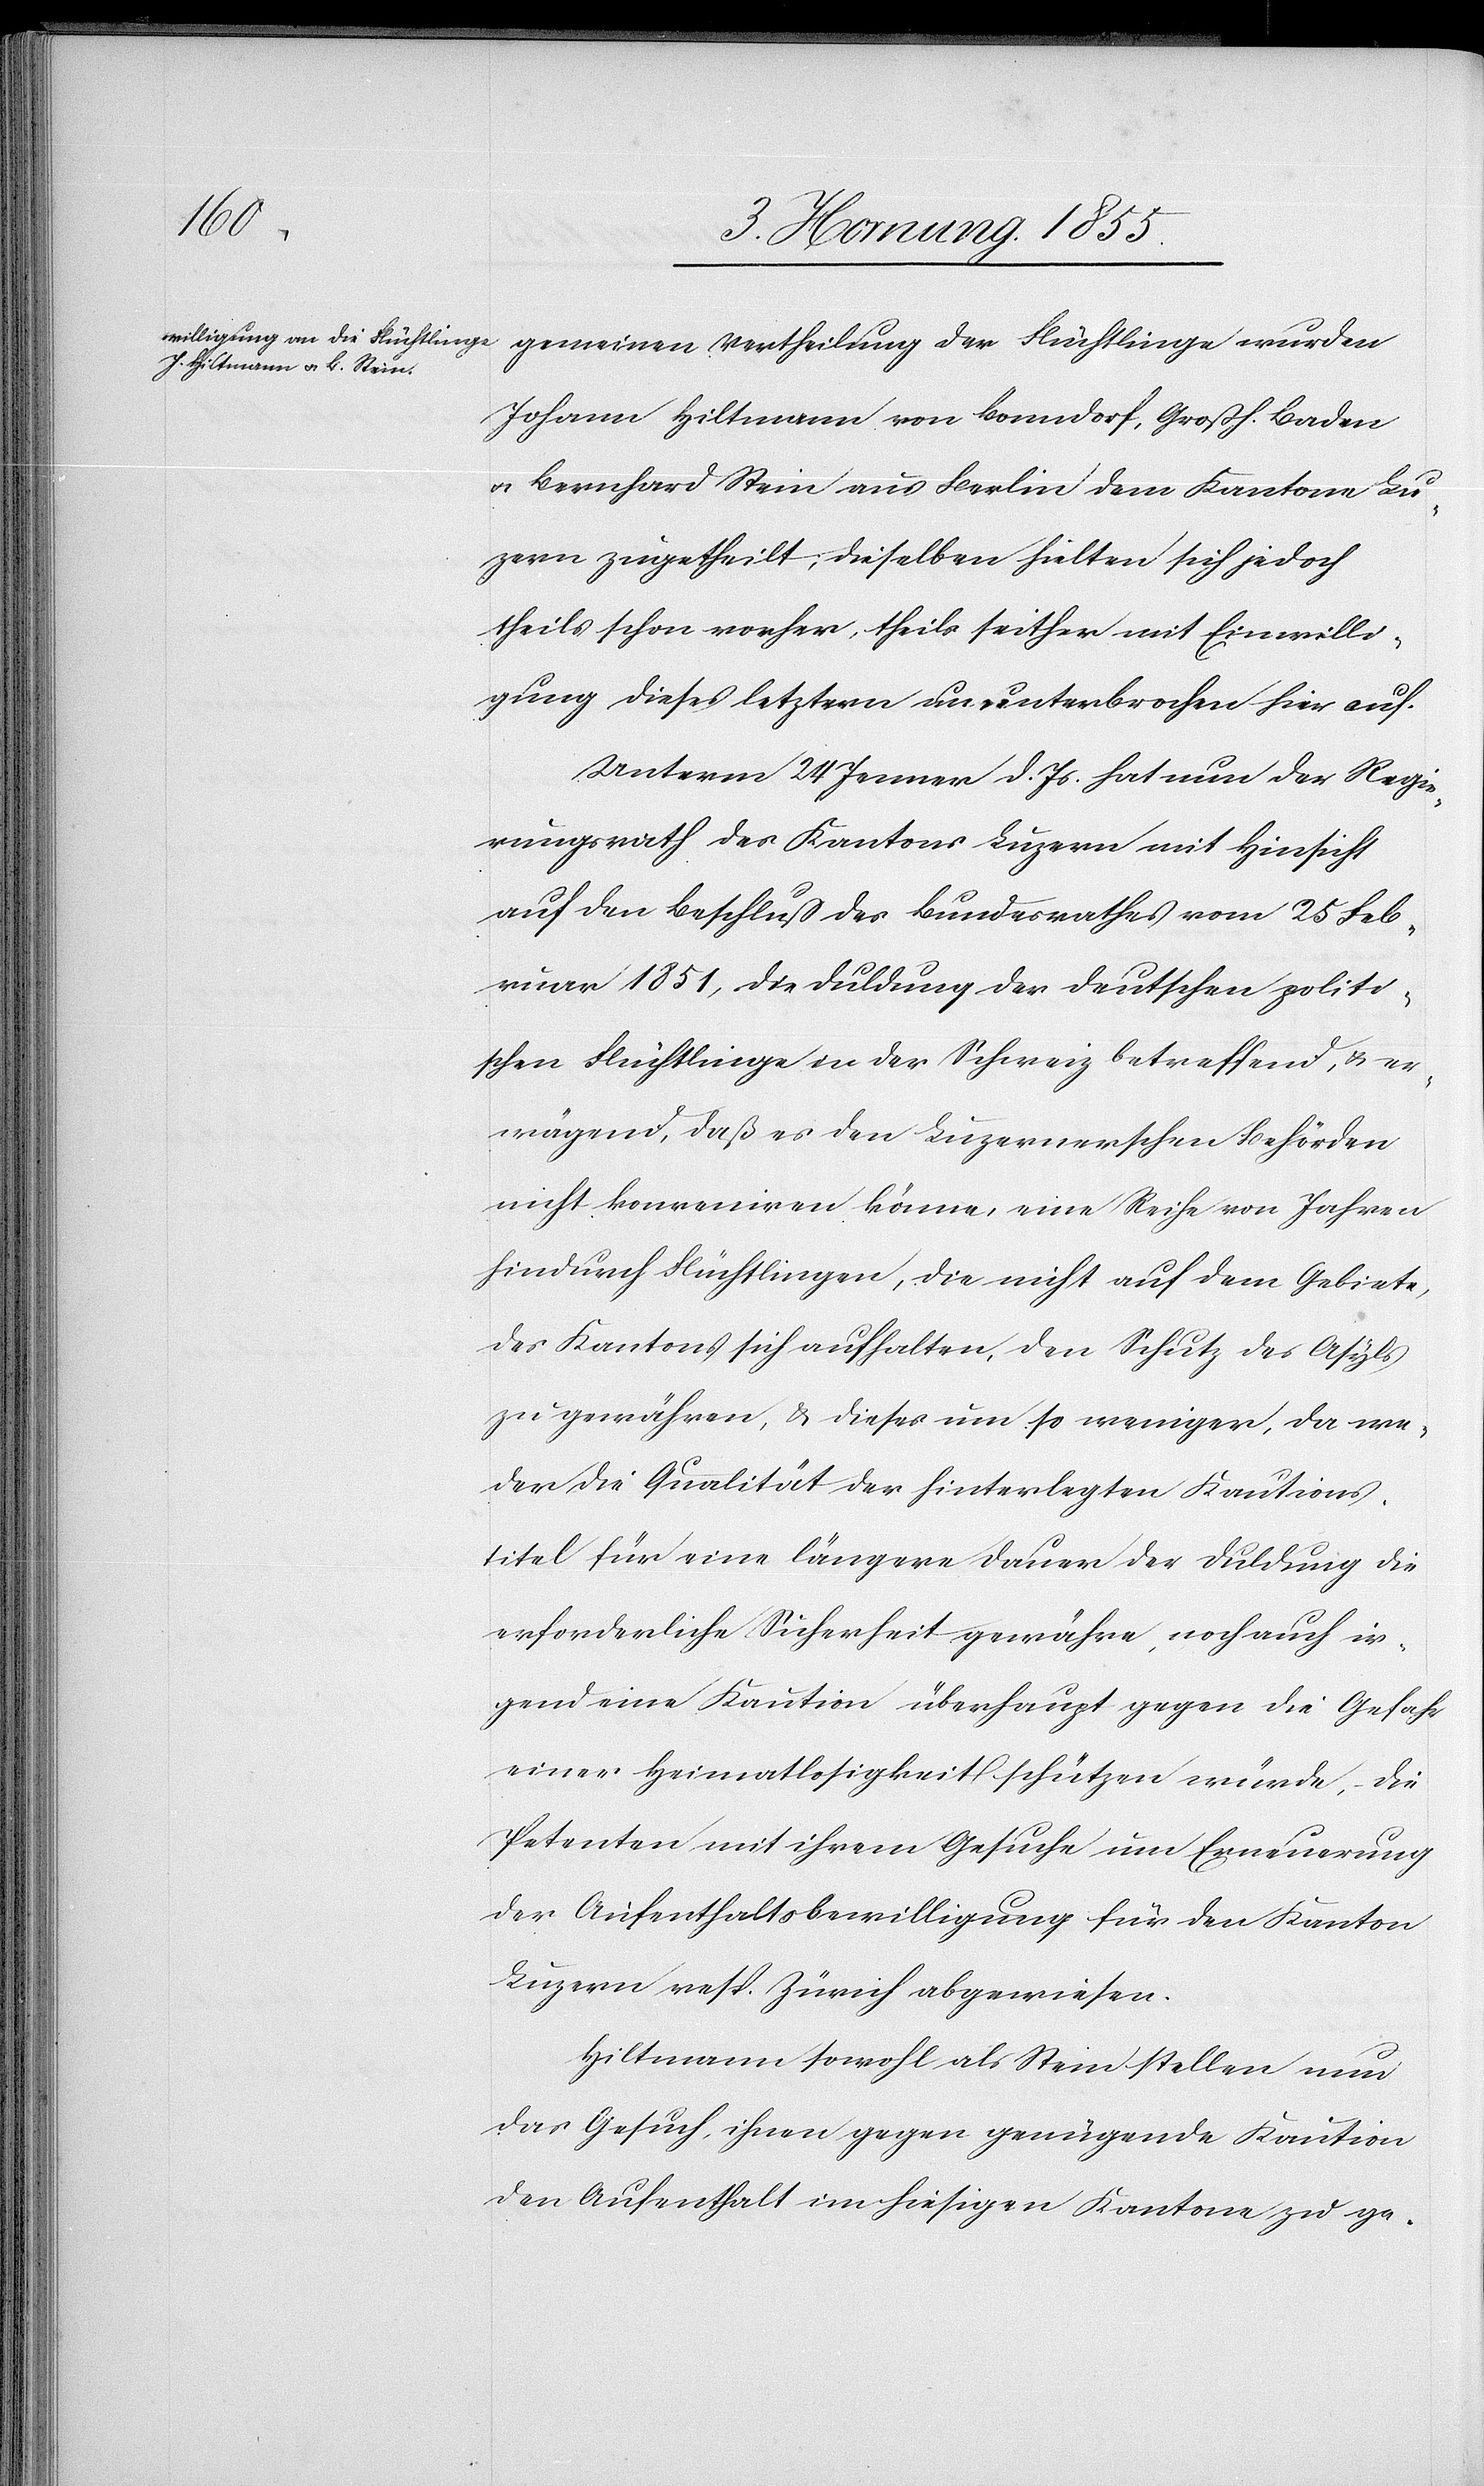
gemeinen Vertheilung der Flüchtlinge wurden
Johann Hiltmann von Bonndorf, Großh. Baden
& Bernhard Stein aus Berlin dem Kantone Lu¬
zern zugetheilt, dieselben hielten sich jedoch
theils schon vorher, theils seither mit Einwilli¬
gung dieses letztern ununterbrochen hier auf.
Unterm 24 Jenner d. Js. hat nun der Regie¬
rungsrath des Kantons Luzern mit Hinsicht
auf den Beschluss des Bundesrathes vom 25 Feb¬
ruar 1851, die Duldung der deutschen politi¬
schen Flüchtlinge in der Schweiz betreffend, & er¬
wägend, daß es den Luzernerschen Behörden
nicht konveniren könne, eine Reihe von Jahren
hindurch Flüchtlingen, die nicht auf dem Gebiete,
des Kantons sich aufhalten, den Schutz des Asyls
zu gewähren, & dieses um so weniger, da we¬
der die Qualität der hinterlegten Kautions¬
titel für eine längere Dauer der Duldung die
erforderliche Sicherheit gewähre, noch auch ir¬
gend eine Kaution überhaupt gegen die Gefahr
einer Heimatlosigkeit schützen würde, – die
Petenten mit ihrem Gesuche um Erneuerung
der Aufenthaltsbewilligung für den Kanton
Luzern resp. Zürich abgewiesen.
Hiltmann sowohl als Stein stellen nun
das Gesuch, ihnen gegen genügende Kaution
den Aufenthalt im hiesigen Kantone zu ge-